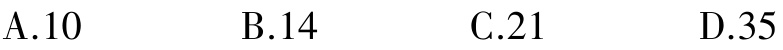
A.10
B.14
C.21
D.35